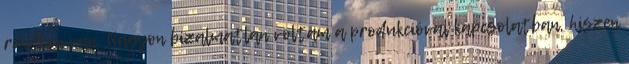
rendben van. Nagyon bizalmatlan voltam a produkcióval kapcsolatban, hiszen